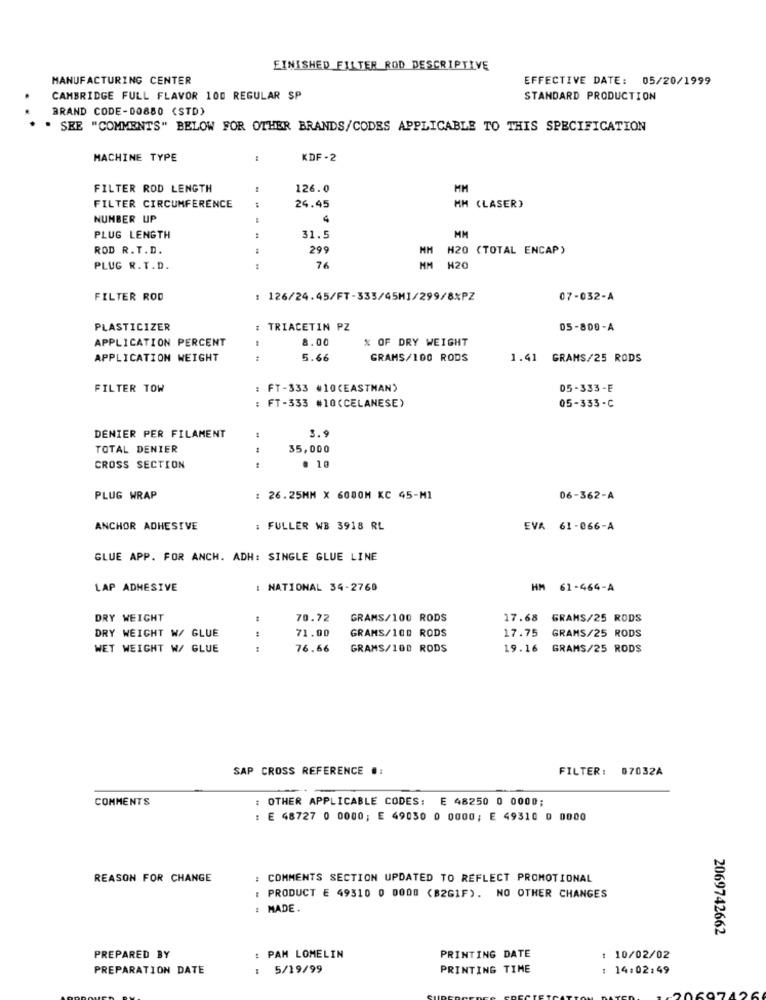
FINISHED FILTER ROD DESCRIPTIVE
MANUFACTURING CENTER
EFFECTIVE DATE: 05/20/1999
CAMBRIDGE FULL FLAVOR 100 REGULAR SP
STANDARD PRODUCTION
BRAND CODE-00880 (STD)
" SEE "COMMENTS" BELOW FOR OTHER BRANDS/CODES APPLICABLE TO THIS SPECIFICATION
MACHINE TYPE
KDF-2
FILTER ROD LENGTH
126.0
MM
24.45
FILTER CIRCUMFERENCE
MM (LASER)
NUMBER UP
PLUG LENGTH
31.5
MM
ROD R. T.D.
299
MM
H20 (TOTAL ENCAP)
PLUG R.T.D.
:
76
MM
H20
FILTER ROD
: 126/24.45/FT-335/45M1/299/8%PZ
07-032-A
PLASTICIZER
: TRIACETIN PZ
05-800-A
APPLICATION PERCENT
8.00
% OF DRY WEIGHT
APPLICATION WEIGHT
5.66
GRAMS/100 RODS
1.41 GRAMS/25 RODS
FILTER TOW
: FT-333 #10(EASTMAN)
05-333-E
: FT-333 #10(CELANESE)
05-333-C
3.9
DENIER PER FILAMENT
TOTAL DENIER
35,000
CROSS SECTION
. 10
PLUG WRAP
: 26.25MM X 6000M KC 45-M1
06-362-A
ANCHOR ADHESIVE
: FULLER WB 3918 RL
EVA 61-066-A
GLUE APP. FOR ANCH. ADH: SINGLE GLUE LINE
LAP ADHESIVE
NATIONAL 34-2760
HM 61-464-A
DRY WEIGHT
70.72
GRAMS/100 RODS
17.68 GRAMS/25 RODS
DRY WEIGHT W/ GLUE
71.00
GRAMS/100 RODS
17.75
GRAMS/25 RODS
WET WEIGHT W/ GLUE
76.66
GRAMS/100 RODS
19.16
GRAMS/25 RODS
SAP CROSS REFERENCE .:
FILTER: 07032A
COMMENTS
OTHER APPLICABLE CODES: E 48250 0 0000;
: E 48727 0 0000; E 49030 0 0000; E 49310 0 0000
REASON FOR CHANGE
: COMMENTS SECTION UPDATED TO REFLECT PROMOTIONAL
PRODUCT E 49310 0 0000 (B2GIF). NO OTHER CHANGES
: MADE.
2069742662
PREPARED BY
PAM LOMELIN
PRINTING DATE
10/02/02
PREPARATION DATE
5/19/99
PRINTING TIME
: 14:02:49